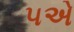
૫એ